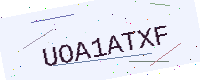
Text: UOA1ATXF